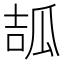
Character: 𤫶